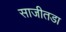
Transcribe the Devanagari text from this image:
साजीतडा